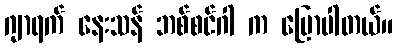
ဂျာရက် နေးသန် ဘစ်စင်ဂါ က ပြောပါတယ်။